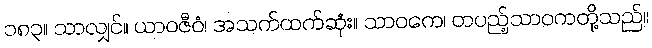
၁၈၃။ သာလျှင်။ ယာဝဇီဝံ၊ အသက်ထက်ဆုံး။ သာဝကေ၊ တပည့်သာဝကတို့သည်။